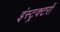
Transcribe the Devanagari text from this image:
इंस्ट्रक्टरों